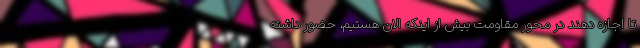
تا اجازه دهند در محور مقاومت بیش از اینکه الان هستیم، حضور داشته